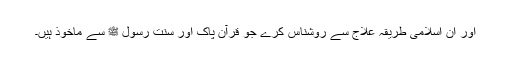
اور ان اسلامی طریقہ علاج سے روشناس کرے جو قرآن پاک اور سنت رسول ﷺ سے ماخوذ ہیں۔